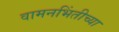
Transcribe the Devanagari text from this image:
वामनभिंतीच्या